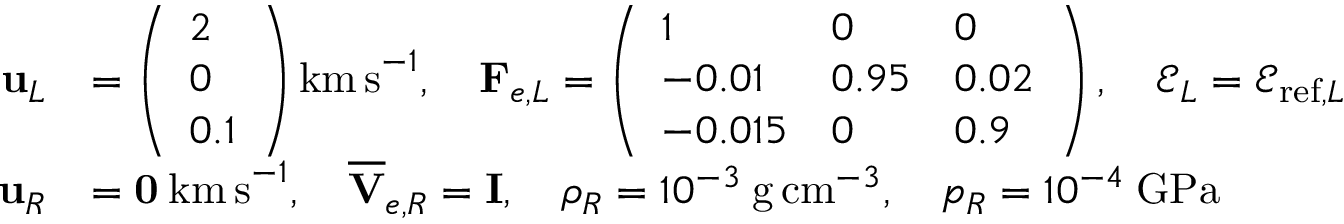
\begin{array} { r l } { \mathbf { u } _ { L } } & { = \left( \begin{array} { l } { 2 } \\ { 0 } \\ { 0 . 1 } \end{array} \right) \mathrm { k m \, s } ^ { - 1 } , \quad \mathbf { F } _ { e , L } = \left( \begin{array} { l l l } { 1 } & { 0 } & { 0 } \\ { - 0 . 0 1 } & { 0 . 9 5 } & { 0 . 0 2 } \\ { - 0 . 0 1 5 } & { 0 } & { 0 . 9 } \end{array} \right) , \quad \mathscr { E } _ { L } = \mathscr { E } _ { \mathrm { r e f } , L } } \\ { \mathbf { u } _ { R } } & { = \mathbf { 0 } \: \mathrm { k m \, s } ^ { - 1 } , \quad \overline { { \mathbf { V } } } _ { e , R } = \mathbf { I } , \quad \rho _ { R } = 1 0 ^ { - 3 } \: \mathrm { g \, c m } ^ { - 3 } , \quad p _ { R } = 1 0 ^ { - 4 } \: \mathrm { G P a } } \end{array}